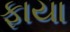
ફાયા